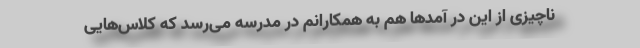
ناچیزی از این در آمدها هم به همکارانم در مدرسه می‌رسد که کلاس‌هایی